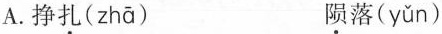
A.挣扎( zhā ) 陨落( yǔn )